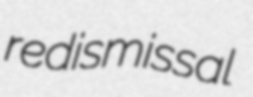
redismissal